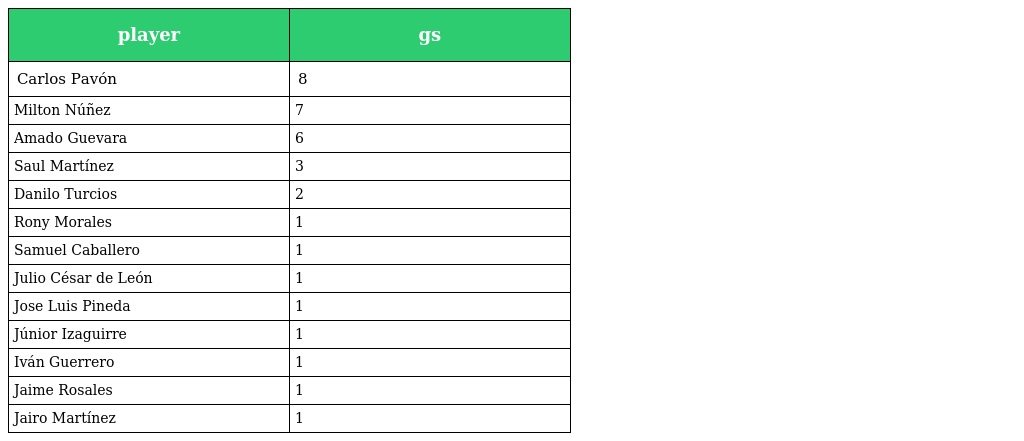
| player | gs |
 | --- | --- |
 | Carlos Pavón | 8 |
 | Milton Núñez | 7 |
 | Amado Guevara | 6 |
 | Saul Martínez | 3 |
 | Danilo Turcios | 2 |
 | Rony Morales | 1 |
 | Samuel Caballero | 1 |
 | Julio César de León | 1 |
 | Jose Luis Pineda | 1 |
 | Júnior Izaguirre | 1 |
 | Iván Guerrero | 1 |
 | Jaime Rosales | 1 |
 | Jairo Martínez | 1 |